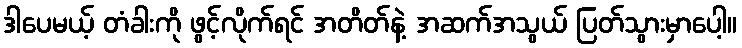
ဒါပေမယ့် တံခါးကို ဖွင့်လိုက်ရင် အတိတ်နဲ့ အဆက်အသွယ် ပြတ်သွားမှာပေါ့။